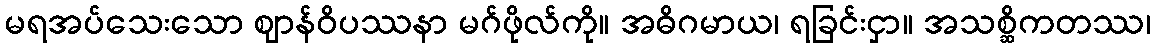
မရအပ်သေးသော ဈာန်ဝိပဿနာ မဂ်ဖိုလ်ကို။ အဓိဂမာယ၊ ရခြင်းငှာ။ အသစ္ဆိကတဿ၊